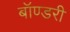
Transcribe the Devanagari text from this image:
बॉण्डरी